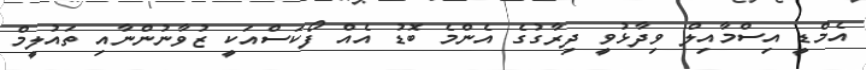
އެމްޑީ އިސްމާއިލް ވިދާޅުވީ ދިރާގުގެ އެންމެ ބޮޑު އެއް ފޯކަސްއަކީ ޒުވާނުންނާއި ތައުލީމް